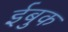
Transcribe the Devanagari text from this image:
ईबुक